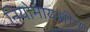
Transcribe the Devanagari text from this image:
नियोमायसीन